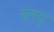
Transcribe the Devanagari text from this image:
ब्लयू